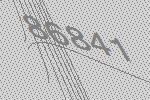
86841